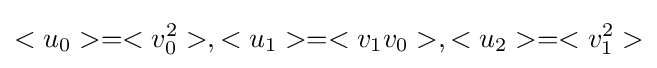
<u_{0}>=<v_{0}^{2}>,<u_{1}>=<v_{1}v_{0}>,<u_{2}>=<v_{1}^{2}>